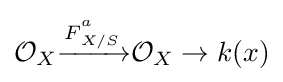
{\mathcal {O}}_{X}{\xrightarrow {{\overset {}{F}}_{X/S}^{a}}}{\mathcal {O}}_{X}\to k(x)